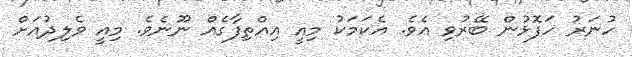
ހުނަރު ހަފޮޅުން ބޭރުވި އެވެ. އެކަމަކު މިއީ އިއްތިފާގެއް ނޫނެވެ. މިއީ ވެލިދުއަށް